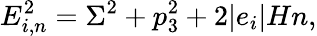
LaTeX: E_{i,n}^{2}=\Sigma^{2}+p_{3}^{2}+2|e_{i}|Hn,